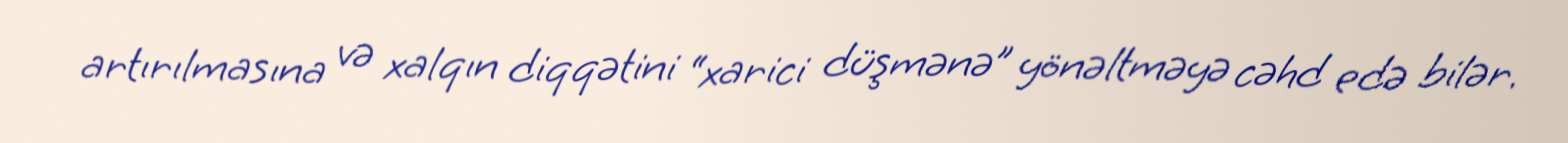
artırılmasına və xalqın diqqətini “xarici düşmənə” yönəltməyə cəhd edə bilər.